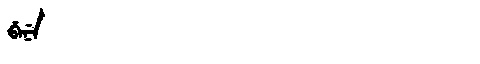
Manchu: ᠪᡝᠨᡝ
Romanization: BENE